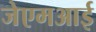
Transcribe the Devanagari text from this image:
जेएमआई